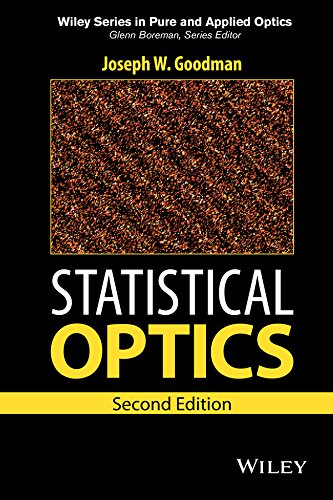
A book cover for Statistical Optics (Wiley Series in Pure and Applied Optics); Joseph W. Goodman; Science & Math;